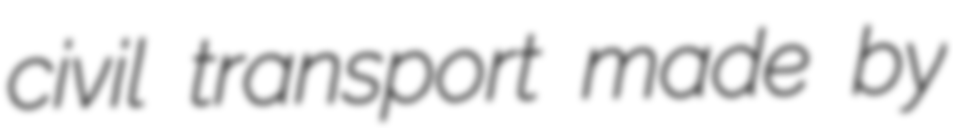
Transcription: civil transport made by